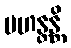
မဟန္တန္တိ